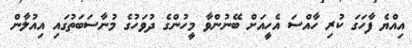
އިއްޔެ ފާހަގަ ކުރި ހާއްސަ އެހީއަށް ބޭނުންވާ މީހުންގެ ދުވަހުގެ މުނާސަބަތުގައި އިއުލާން